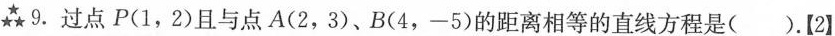
★★★9.过点P(1，2)且与点A(2，3)、B(4，-5)的距离相等的直线方程是( )。【2】